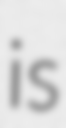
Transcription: is